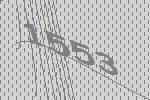
1553